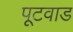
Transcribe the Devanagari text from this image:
पूटवाड